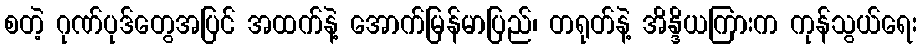
စတဲ့ ဂုဏ်ပုဒ်တွေအပြင် အထက်နဲ့ အောက်မြန်မာပြည်၊ တရုတ်နဲ့ အိန္ဒိယကြားက ကုန်သွယ်ရေး